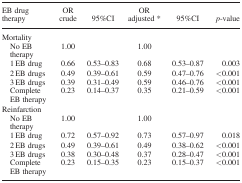
<table><thead><tr><td><b>EB drug therapy</b></td><td><b>OR crude</b></td><td><b>95%CI</b></td><td><b>OR adjusted *</b></td><td><b>95%CI</b></td><td><b><i>p</i>-value</b></td></tr></thead><tbody><tr><td colspan="6">Mortality</td></tr><tr><td> No EB therapy</td><td>1.00</td><td></td><td>1.00</td><td></td><td></td></tr><tr><td> 1 EB drug</td><td>0.66</td><td>0.53–0.83</td><td>0.68</td><td>0.53–0.87</td><td>0.003</td></tr><tr><td> 2 EB drugs</td><td>0.49</td><td>0.39–0.61</td><td>0.59</td><td>0.47–0.76</td><td>&lt;0.001</td></tr><tr><td> 3 EB drugs</td><td>0.39</td><td>0.31–0.49</td><td>0.59</td><td>0.46–0.76</td><td>&lt;0.001</td></tr><tr><td> Complete EB therapy</td><td>0.23</td><td>0.14–0.37</td><td>0.35</td><td>0.21–0.59</td><td>&lt;0.001</td></tr><tr><td colspan="6">Reinfarction</td></tr><tr><td> No EB therapy</td><td>1.00</td><td></td><td>1.00</td><td></td><td></td></tr><tr><td> 1 EB drug</td><td>0.72</td><td>0.57–0.92</td><td>0.73</td><td>0.57–0.97</td><td>0.018</td></tr><tr><td> 2 EB drugs</td><td>0.49</td><td>0.39–0.61</td><td>0.49</td><td>0.38–0.62</td><td>&lt;0.001</td></tr><tr><td> 3 EB drugs</td><td>0.38</td><td>0.30–0.48</td><td>0.37</td><td>0.28–0.47</td><td>&lt;0.001</td></tr><tr><td> Complete EB therapy</td><td>0.23</td><td>0.15–0.35</td><td>0.23</td><td>0.15–0.37</td><td>&lt;0.001</td></tr></tbody></table>